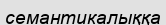
семантикалыққа